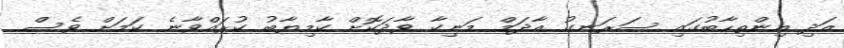
އަދި އިންތިހާބުގައި ސަރަނގު އާދަމް މަނިކާ ވާދަކޮށް ކާމިޔާބު ކުރައްވާނެ ކަމަށް ވެސް